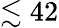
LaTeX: \lesssim 42